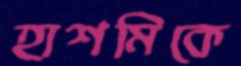
হাশমিকে